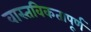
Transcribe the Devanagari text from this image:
वास्तविकतापूर्ण